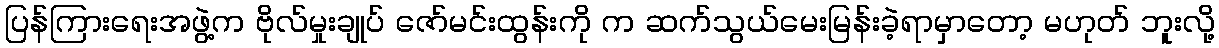
ပြန်ကြားရေးအဖွဲ့က ဗိုလ်မှုးချုပ် ဇော်မင်းထွန်းကို က ဆက်သွယ်မေးမြန်းခဲ့ရာမှာတော့ မဟုတ် ဘူးလို့